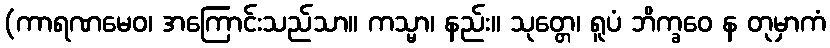
(ကာရဏမေဝ၊ အကြောင်းသည်သာ။ ကသ္မာ၊ နည်း။ သုတ္တေ၊ ရူပံ ဘိက္ခဝေ န တုမှာကံ